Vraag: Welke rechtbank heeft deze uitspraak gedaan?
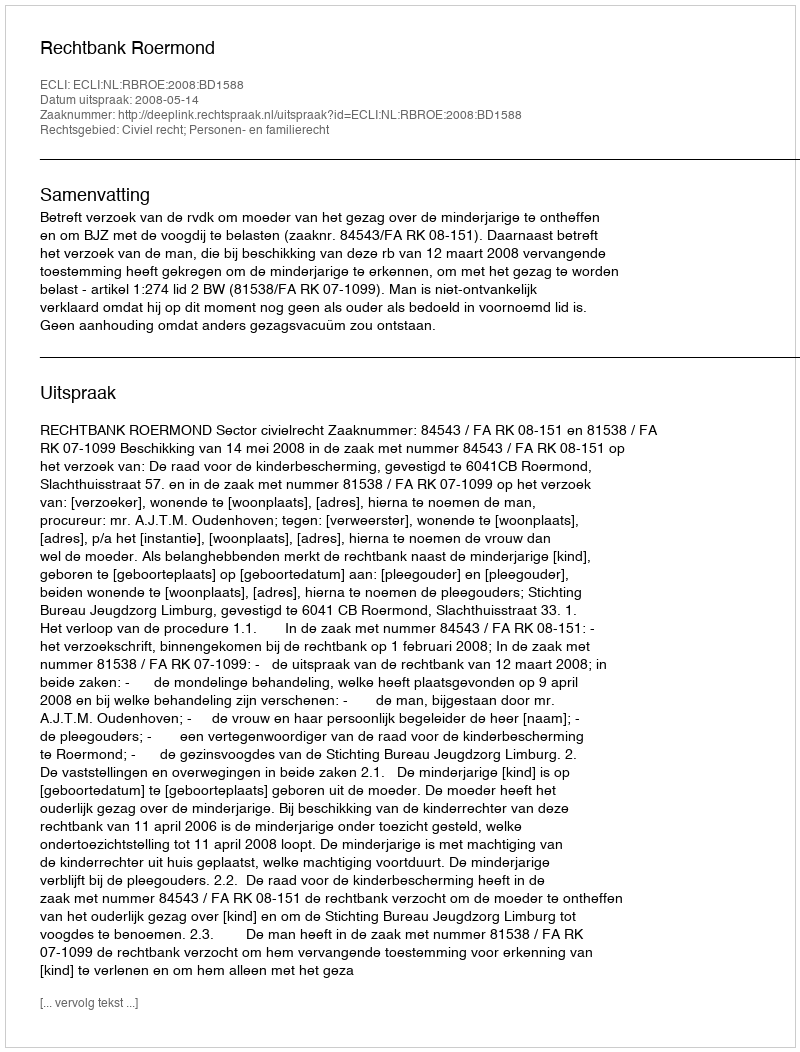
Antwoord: Rechtbank Roermond